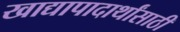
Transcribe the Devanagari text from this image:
खाद्यापादार्थांसाठी